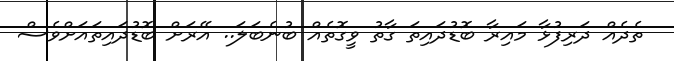
ތެދެއް ދަރިފުޅާ މައިރާ ބޮޑުދައިތަ ގާތު ވީގޮތެއް ބުނެބަލަ.. އޭރަށް ބޮޑުދައިތައަށްވެސް